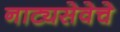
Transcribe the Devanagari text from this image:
नाट्यसेवेचे